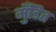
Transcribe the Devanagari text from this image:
मुँडित